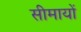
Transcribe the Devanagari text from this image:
सीमायों